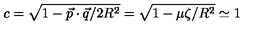
c = \sqrt { 1 - { { \vec { p } } \cdot { \vec { q } } / 2 R ^ { 2 } } } = \sqrt { 1 - { \mu \zeta / R ^ { 2 } } } \simeq 1